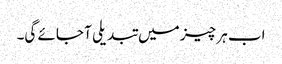
اب ہر چیز میں تبدیلی آ جائے گی۔